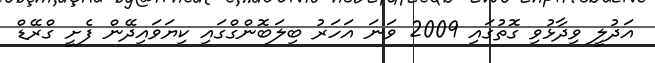
އަދުލީ ވިދާޅުވި ގޮތުގައި 2009 ވަނަ އަހަރު ބިލަބޮންގްގައި ކިޔަވައިދޭން ފެށީ ގްރޭޑް